Annual report on the health of the army in India
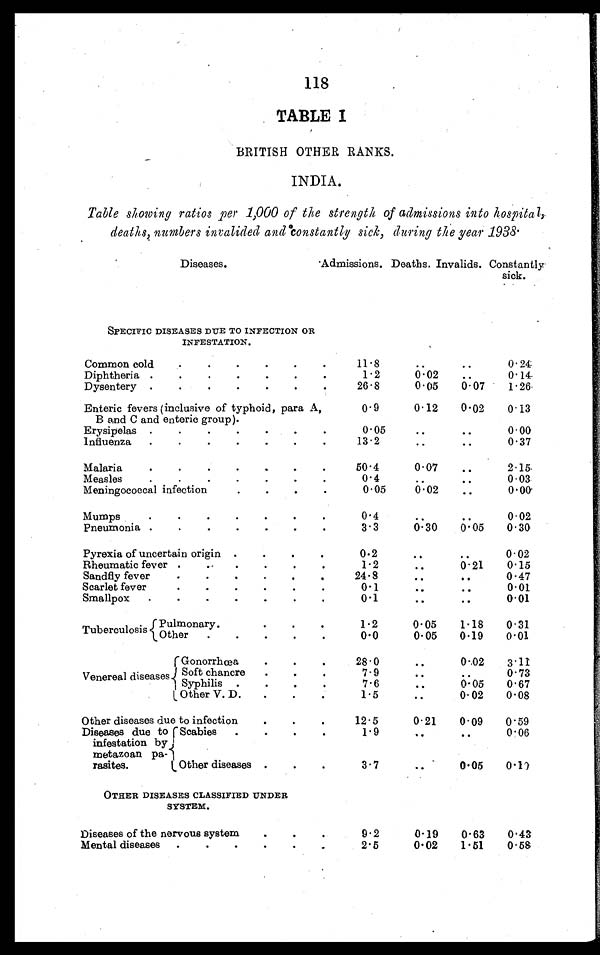
118
TABLE I
BRITISH OTHER RANKS.
INDIA.
Table showing ratios per 1,000 of the strength of admissions into hospital,
deaths, numbers invalided and constantly sick, during the year 1938.
Diseases.
Admissions. Deaths. Invalids. Constantly
sick.
SPECIFIC DISEASES DUE TO INFECTION OR
INFESTATION.
Common cold . . .
11.8
. . .
. . .
0.24
Diphtheria . . .
1.2
0.02
. . .
0.14
Dysentery . . .
26.8
0.05
0.07
1.26
Enteric fevers (inclusive of typhoid, para A,
B and C and enteric group) . . .
0.9
0.12
0.02
0.13
Erysipelas . . .
0.05 . . .
. . .
0.00
Influenza . . .
13.2
. . .
. . .
0.37
Malaria . . .
50.4
0.07
. . .
2.15
Measles . . .
0.4
. . .
. . .
0.03
Meningococcal infection . . .
0.05
0.02
. . .
0.00
Mumps . . .
0.4
. . .
. . .
0.02
Pneumonia . . .
3.3
0.30
0.05
0.30
Pyrexia of uncertain origin . . .
0.2
. . .
. . .
0.02
Rheumatic fever . . .
1.2
0.15
. . .
0.21
Sandfly fever . . .
24.8
. . .
0.47
. . .
Scarlet fever . . .
0.1
0.01
. . .
. . .
Smallpox . . .
0.1
0.01
. . .
. . .
Tuberculosis
Pulmonary . . .
1.2
0.05
1.18
0.31
O t h e r . . .
0.0
0.05
0.19
0.01
Venereal diseases
Gonorrhœa . . .
28.0
. . .
0.02
3.11
Soft chancre . . .
7.9
. . .
. . .
0.73
Syphilis . . .
7.6
. . .
0.05
0.67
Other V. D. . . .
1.5
. . .
0.02
0.08
Other diseases due to infection . . .
12.5
0.21
0.09
0.59
Diseases due to
infestation by
metazoan pa
-
rasites.
Scabies
. . .
1.9
. . .
. . .
0.06
Other diseases . . .
3.7
. . .
0.05
0.10
OTHER DISEASES CLASSIFIED UNDER
SYSTEM.
Diseases of the nervous system . . .
9.2
0.19
0.63
0.43
Mental diseases . . .
2.5
0.02
1.51
0.58